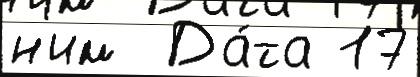
н'им  Да́та 17